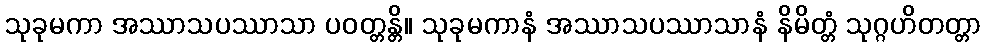
သုခုမကာ အဿာသပဿာသာ ပဝတ္တန္တိ။ သုခုမကာနံ အဿာသပဿာသာနံ နိမိတ္တံ သုဂ္ဂဟိတတ္တာ